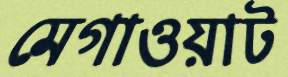
মেগাওয়াট